Report on the nature of kala-azar
Disease focus: Kala-Azar
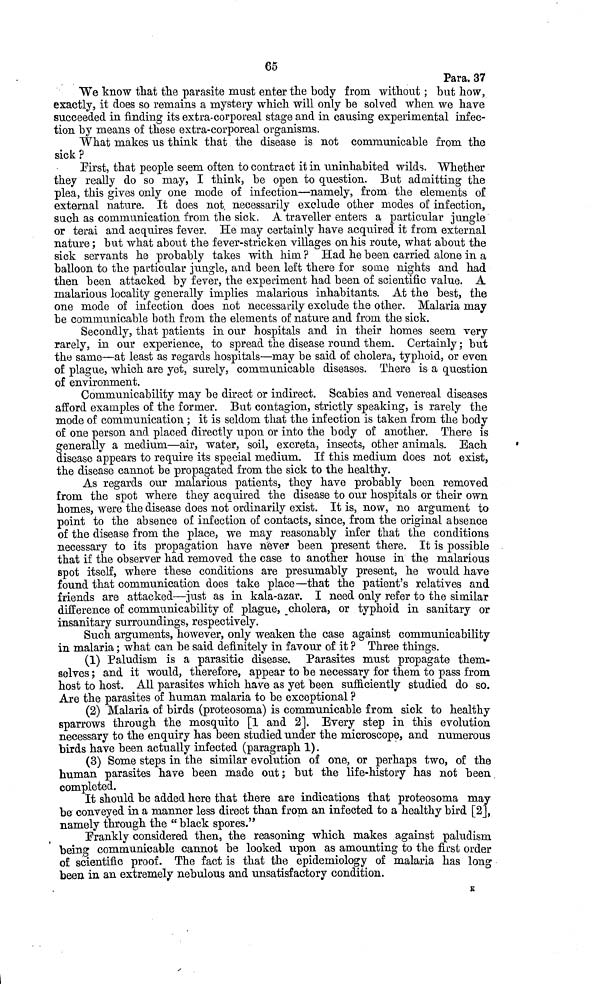
65
Para. 37
We know that the parasite must enter the body from without ; but how,
exactly, it does so remains a mystery which will only be solved when we have
succeeded in finding its extra-corporeal stage and in causing experimental infec-
tion by means of these extra-corporeal organisms.
What makes us think that the disease is not communicable from the
sick ?
First, that people seem often to contract it in uninhabited wilds. Whether
they really do so may, I think, be open to question. But admitting the
plea, this gives only one mode of infection—namely, from the elements of
external nature. It does not, necessarily exclude other modes of infection,
such as communication from the sick. A traveller enters a particular jungle
or terai and acquires fever. He may certainly have acquired it from external
nature ; but what about the fever-stricken villages on his route, what about the
sick servants he probably takes with him ? Had he been carried alone in a
balloon to the particular jungle, and been left there for some nights and had
then been attacked by fever, the experiment had been of scientific value. A
malarious locality generally implies malarious inhabitants. At the best, the
one mode of infection does not necessarily exclude the other. Malaria may
be communicable both from the elements of nature and from the sick.
Secondly, that patients in our hospitals and in their homes seem very
rarely, in our experience, to spread the disease round them. Certainly ; but
the same—at least as regards hospitals—may be said of cholera, typhoid, or even
of plague, which are yet, surely, communicable diseases. There is a question
of environment.
Communicability may be direct or indirect. Scabies and venereal diseases
afford examples of the former. But contagion, strictly speaking, is rarely the
mode of communication ; it is seldom that the infection is taken from the body
of one person and placed directly upon or into the body of another. There is
generally a medium—air, water, soil, excreta, insects, other animals. Each
disease appears to require its special medium. If this medium does not exist,
the disease cannot be propagated from the sick to the healthy.
As regards our malarious patients, they have probably been removed
from the spot where they acquired the disease to our hospitals or their own
homes, were the disease does not ordinarily exist. It is, now, no argument to
point to the absence of infection of contacts, since, from the original absence
of the disease from the place, we may reasonably infer that the conditions
necessary to its propagation have never been present there. It is possible
that if the observer had removed the case to another house in the malarious
spot itself, where these conditions are presumably present, he would have
found that communication does take place—that the patient's relatives and
friends are attacked—just as in kala-azar. I need only refer to the similar
difference of communicability of plague, cholera, or typhoid in sanitary or
insanitary surroundings, respectively.
Such arguments, however, only weaken the case against communicability
in malaria ; what can be said definitely in favour of it ? Three things.
(1) Paludism is a parasitic disease. Parasites must propagate them-
selves ; and it would, therefore, appear to be necessary for them to pass from
host to host. All parasites which have as yet been sufficiently studied do so.
Are the parasites of human malaria to be exceptional ?
(2) Malaria of birds (proteosoma) is communicable from sick to healthy
sparrows through the mosquito [1 and 2]. Every step in this evolution
necessary to the enquiry has been studied under the microscope, and numerous
birds have been actually infected (paragraph 1).
(3) Some steps in the similar evolution of one, or perhaps two, of the
human parasites have been made out; but the life-history has not been
completed.
It should be added here that there are indications that proteosoma may
be conveyed in a manner less direct than from an infected to a healthy bird [2],
namely through the "black spores."
Frankly considered then, the reasoning which makes against paludism
being communicable cannot be looked upon as amounting to the first order
of scientific proof. The fact is that the epidemiology of malaria has long
been in an extremely nebulous and unsatisfactory condition.
K